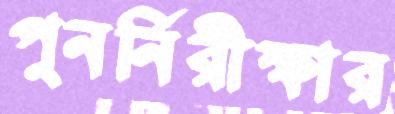
পুনর্নিরীক্ষার